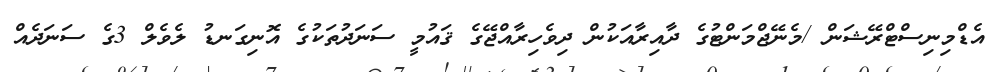
އެޑްމިނިސްޓްރޭޝަން /މެނޭޖްމަންޓުގެ ދާއިރާއަކުން ދިވެހިރާއްޖޭގެ ޤައުމީ ސަނަދުތަކުގެ އޮނިގަނޑު ލެވެލް 3ގެ ސަނަދެއް